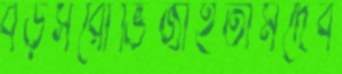
বড়সরোভিজাইতামদেব